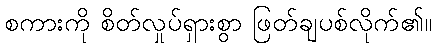
စကားကို စိတ်လှုပ်ရှားစွာ ဖြတ်ချပစ်လိုက်၏။